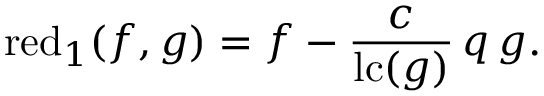
\operatorname { r e d } _ { 1 } ( f , g ) = f - { \frac { c } { \operatorname { l c } ( g ) } } \, q \, g .